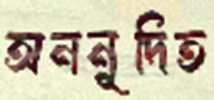
অননূদিত